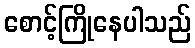
စောင့်ကြိုနေပါသည်